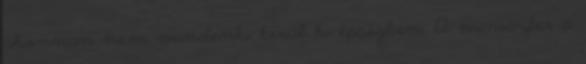
ahonnan nem mindenki kerül ki épségben. A miniszter a